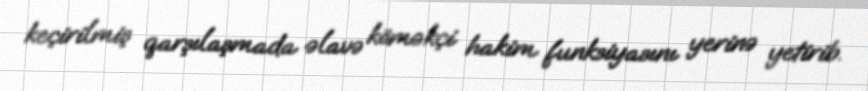
keçirilmiş qarşılaşmada əlavə köməkçi hakim funksiyasını yerinə yetirib.